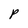
Character: P